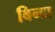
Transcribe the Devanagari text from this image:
बिन्दा